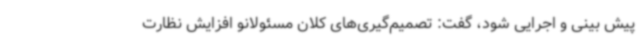
پیش بینی و اجرایی شود، گفت: تصمیم‌گیری‌های کلان مسئولانو افزایش نظارت